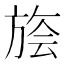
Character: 𰕭